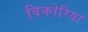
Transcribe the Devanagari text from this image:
विकोरिया